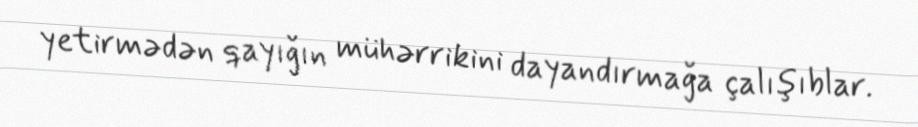
yetirmədən qayığın mühərrikini dayandırmağa çalışıblar.